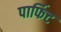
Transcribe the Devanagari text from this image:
पार्फिट